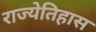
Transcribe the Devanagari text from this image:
राज्येतिहास